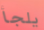
يلجأ